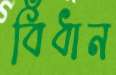
বিঁধান